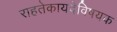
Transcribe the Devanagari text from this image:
राहतेकायदेविषयक